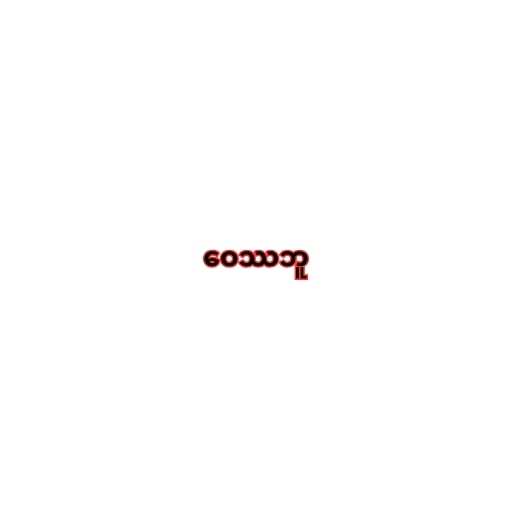
ဝေဿဘူ